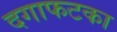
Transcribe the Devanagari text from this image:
दगाफटका